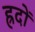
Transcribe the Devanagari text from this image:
ह्रदों